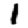
Digit: 1